Vaccination in Burma 1920-1933 - 1920-1933
Year: 1920
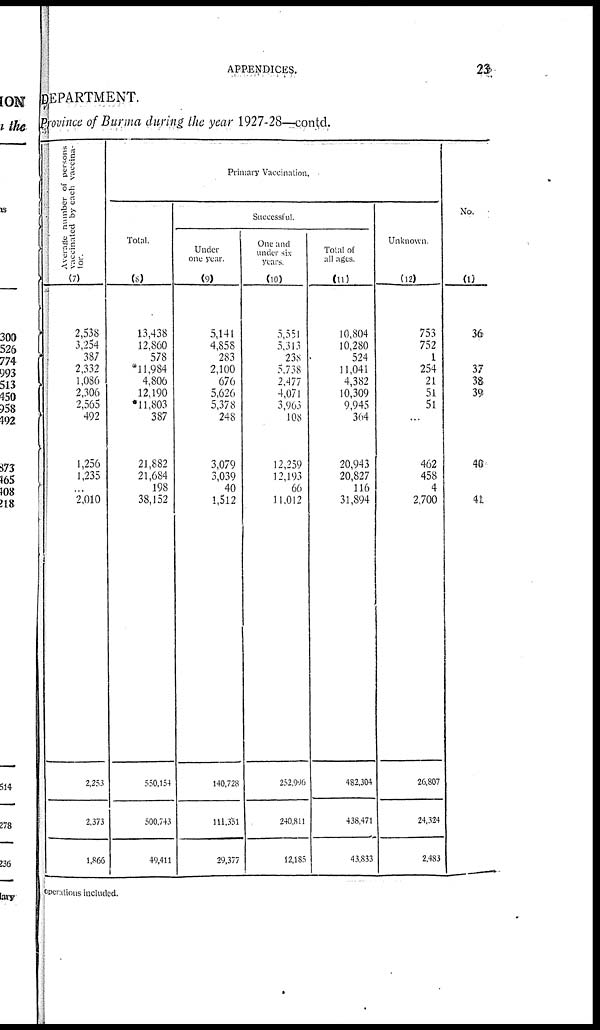
APPENDICES.
23
DEPARTMENT.
Province of Burma during the year 1927-28—contd.
Average number of persons
vaccinated by each vaccina-
tor.
(7)
2,538
3,254
387
2,332
1,086
2,306
2,565
492
1,256
1,235
...
2,010
2,253
2,373
1,866
Primary Vaccination.
Total.
(8)
13,438
12,860
578
*11,984
4,806
12,190
*11,803
387
21,882
21,684
198
38,152
550,154
500,743
49,411
Successful.
Under
one year.
(9)
5,141
4,858
283
2,100
676
5,626
5,378
248
3,079
3,039
40
1,512
140,728
111,351
29,377
One and
under six
years.
(10)
5,551
5,313
238
5,738
2,477
4,071
3,963
108
12,259
12,193
66
11,012
252,996
240,811
12,185
Total of
all ages.
(11)
10,804
10,280
524
11,041
4,382
10,309
9,945
364
20,943
20,827
116
31,894
482,304
438,471
43,833
Unknown.
(12)
753
752
1
254
21
51
51
...
462
458
4
2,700
26,807
24,324
2,483
No.
(1)
36
37
38
39
40
41
operations included.